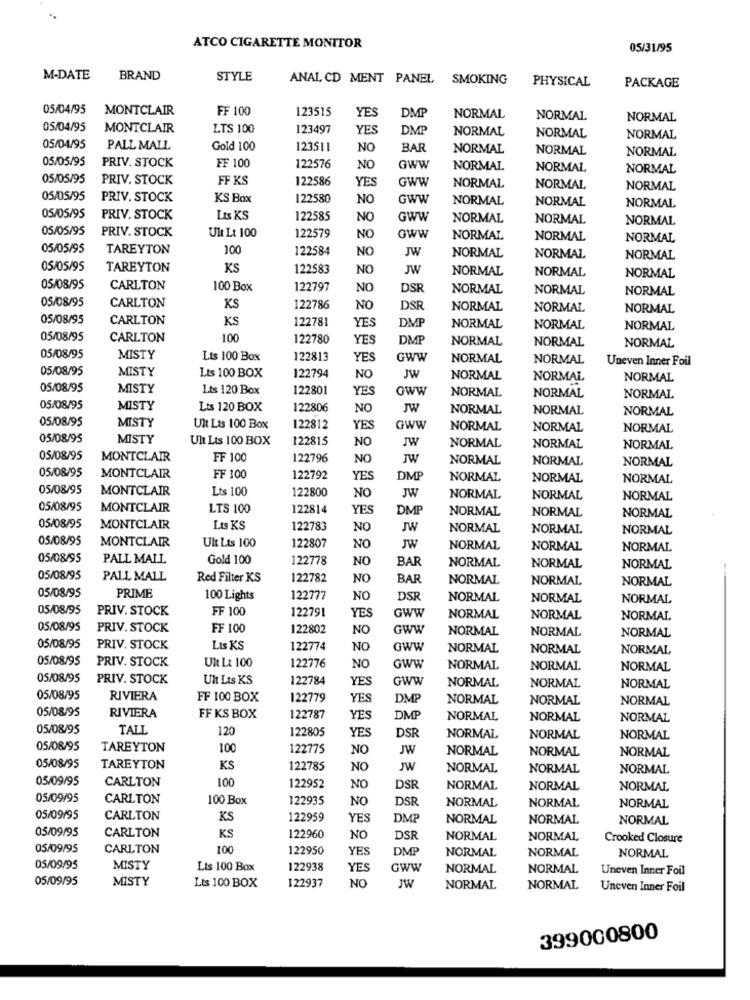
ATCO CIGARETTE MONITOR
05/31/95
M-DATE
BRAND
STYLE
ANAL CD MENT PANEL
SMOKING
PHYSICAL
PACKAGE
05/04/95
MONTCLAIR
FF 100
123515
YES
DMP
NORMAL
NORMAL
NORMAL
05/04/95
MONTCLAIR
LTS 100
123497
YES
DMP
NORMAL
NORMAL
NORMAL
05/04/95
PALL MALL
Gold 100
123511
NO
BAR
NORMAL
NORMAL
05/05/95
PRIV. STOCK
NORMAL
FF 100
122576
NO
GWW
NORMAL
NORMAL
NORMAL
05/05/95
PRIV. STOCK
FF KS
122586
YES
GWW
NORMAL
NORMAL
NORMAL
05/05/95
PRIV. STOCK
KS Box
122580
NO
GWW
NORMAL
NORMAL
NORMAL
05/05/95
PRIV. STOCK
Lts KS
122585
NO
GWW
NORMAL
NORMAL
NORMAL
05/05/95
PRIV. STOCK
Ult Lt 100
122579
NO
Gww
NORMAL
NORMAL
NORMAL
05/05/95
TAREYTON
100
122584
NO
JW
NORMAL
NORMAL
NORMAL
05/05/95
TAREYTON
KS
122583
NO
JW
NORMAL
NORMAL
NORMAL
05/08/95
CARLTON
100 Box
122797
NO
DSR
NORMAL
NORMAL
NORMAL
05/08/95
CARLTON
KS
122786
NO
DSR
NORMAL
NORMAL
NORMAL
05/08/95
CARLTON
KS
122781
YES
NORMAL
NORMAL
NORMAL
05/08/95
CARLTON
100
122780
YES
DMP
NORMAL
NORMAL
NORMAL
05/08/95
MISTY
Lts 100 Box
122813
YES
GWW
NORMAL
NORMAL
Uneven Inner Foil
05/08/95
MISTY
Lts 100 BOX
122794
NO
JW
NORMAL
NORMAL
NORMAL
05/08/95
MISTY
Lts 120 Box
122801
YES
oww
NORMAL
NORMAL
NORMAL
05/08/95
MISTY
Lts 120 BOX
122806
NO
JW
NORMAL
NORMAL
NORMAL
05/08/95
MISTY
Ult Lts 100 Box
122812
YES
GWW
NORMAL
NORMAL
NORMAL
05/08/95
MISTY
Ult Lts 100 BOX
122815
NO
JW
NORMAL
NORMAL
NORMAL
05/08/95
MONTCLAIR
FF 100
122796
NO
JW
NORMAL
NORMAL
NORMAL
05/08/95
MONTCLAIR
FF 100
122792
YES
DMP
NORMAL
NORMAL
NORMAL
05/08/95
MONTCLAIR
Lts 100
NO
JW
122800
NORMAL
NORMAL
NORMAL
05/08/95
MONTCLAIR
LTS 100
122814
YES
DMP
NORMAL
NORMAL
NORMAL
05/08/95
MONTCLAIR
Lts KS
122783
NO
JW
NORMAL
NORMAL
NORMAL
05/08/95
JW
MONTCLAIR
Ult Lts 100
122807
NO
NORMAL
NORMAL
NORMAL
05/08/95
PALL MALL
Gold 100
122778
NO
BAR
NORMAL
NORMAL
NORMAL
05/08/95
PALL MALL
Red Filter KS
122782
NO
BAR
NORMAL
NORMAL
NORMAL
05/08/95
PRIME
100 Lights
122777
NO
DSR
NORMAL
NORMAL
NORMAL
05/08/95
PRIV. STOCK
FF 100
122791
YES
GWW
NORMAL
NORMAL
NORMAL
05/08/95
PRIV. STOCK
FF 100
122802
NO
GWW
NORMAL
NORMAL
NORMAL
05/08/95
PRIV. STOCK
Lts KS
122774
NO
Gww
NORMAL
NORMAL
NORMAL
05/08/95
PRIV. STOCK
Ult Lt 100
122776
NO
GWW
NORMAL
NORMAL
NORMAL
05/08/95
PRIV. STOCK
Ult Lts KS
122784
YES
GWW
NORMAL
NORMAL
NORMAL
05/08/95
RIVIERA
FF 100 BOX
122779
YES
DMP
NORMAL
NORMAL
NORMAL
05/08/95
RIVIERA
FF KS BOX
122787
YES
DMF
NORMAL
NORMAL
NORMAL
05/08/95
TALL
120
122805
YES
DSR
NORMAL
NORMAL
NORMAL
05/08/95
TAREYTON
100
122775
NO
JW
NORMAL
NORMAL
NORMAL
05/08/95
TAREYTON
KS
122785
NO
JW
NORMAL
NORMAL
NORMAL
05/09/95
CARLTON
100
122952
NO
DSR
NORMAL
NORMAL
NORMAL
05/09/95
CARLTON
100 Box
122935
NO
DSR
NORMAL
NORMAL
NORMAL
05/09/95
CARLTON
KS
122959
YES
DMP
NORMAL
NORMAL
NORMAL
CARLTON
05/09/95
KS
122960
NO
DSR
NORMAL
NORMAL
Crooked Closure
05/09/95
CARLTON
100
122950
YES
DMP
NORMAL
NORMAL
NORMAL
05/09/95
MISTY
Lts 100 Box
122938
YE
GWW
NORMAL
NORMAL
Uneven Inner Foil
05/09/95
MISTY
Lts 100 BOX
122937
NO
JW
NORMAL
NORMAL
Uneven Inner Foil
399000800